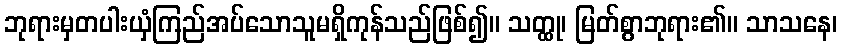
ဘုရားမှတပါးယှံကြည်အပ်သောသူမရှိကုန်သည်ဖြစ်၍။ သတ္ထု၊ မြတ်စွာဘုရား၏။ သာသနေ၊